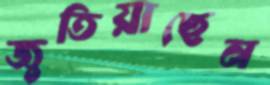
জুতিয়াছেন